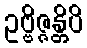
ဥဗ္ဗိဇ္ဇန္တိပိ